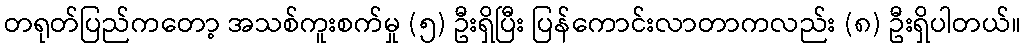
တရုတ်ပြည်ကတော့ အသစ်ကူးစက်မှု (၅) ဦးရှိပြီး ပြန်ကောင်းလာတာကလည်း (၈) ဦးရှိပါတယ်။